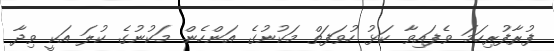
ފުރާފުރިހަމަ ވެފައިވާ ކަޅު ހުވަފަތް މަކުނުގެ އަންހެން މަކުނުގެ ކުލަ އަކީ ވިދާ